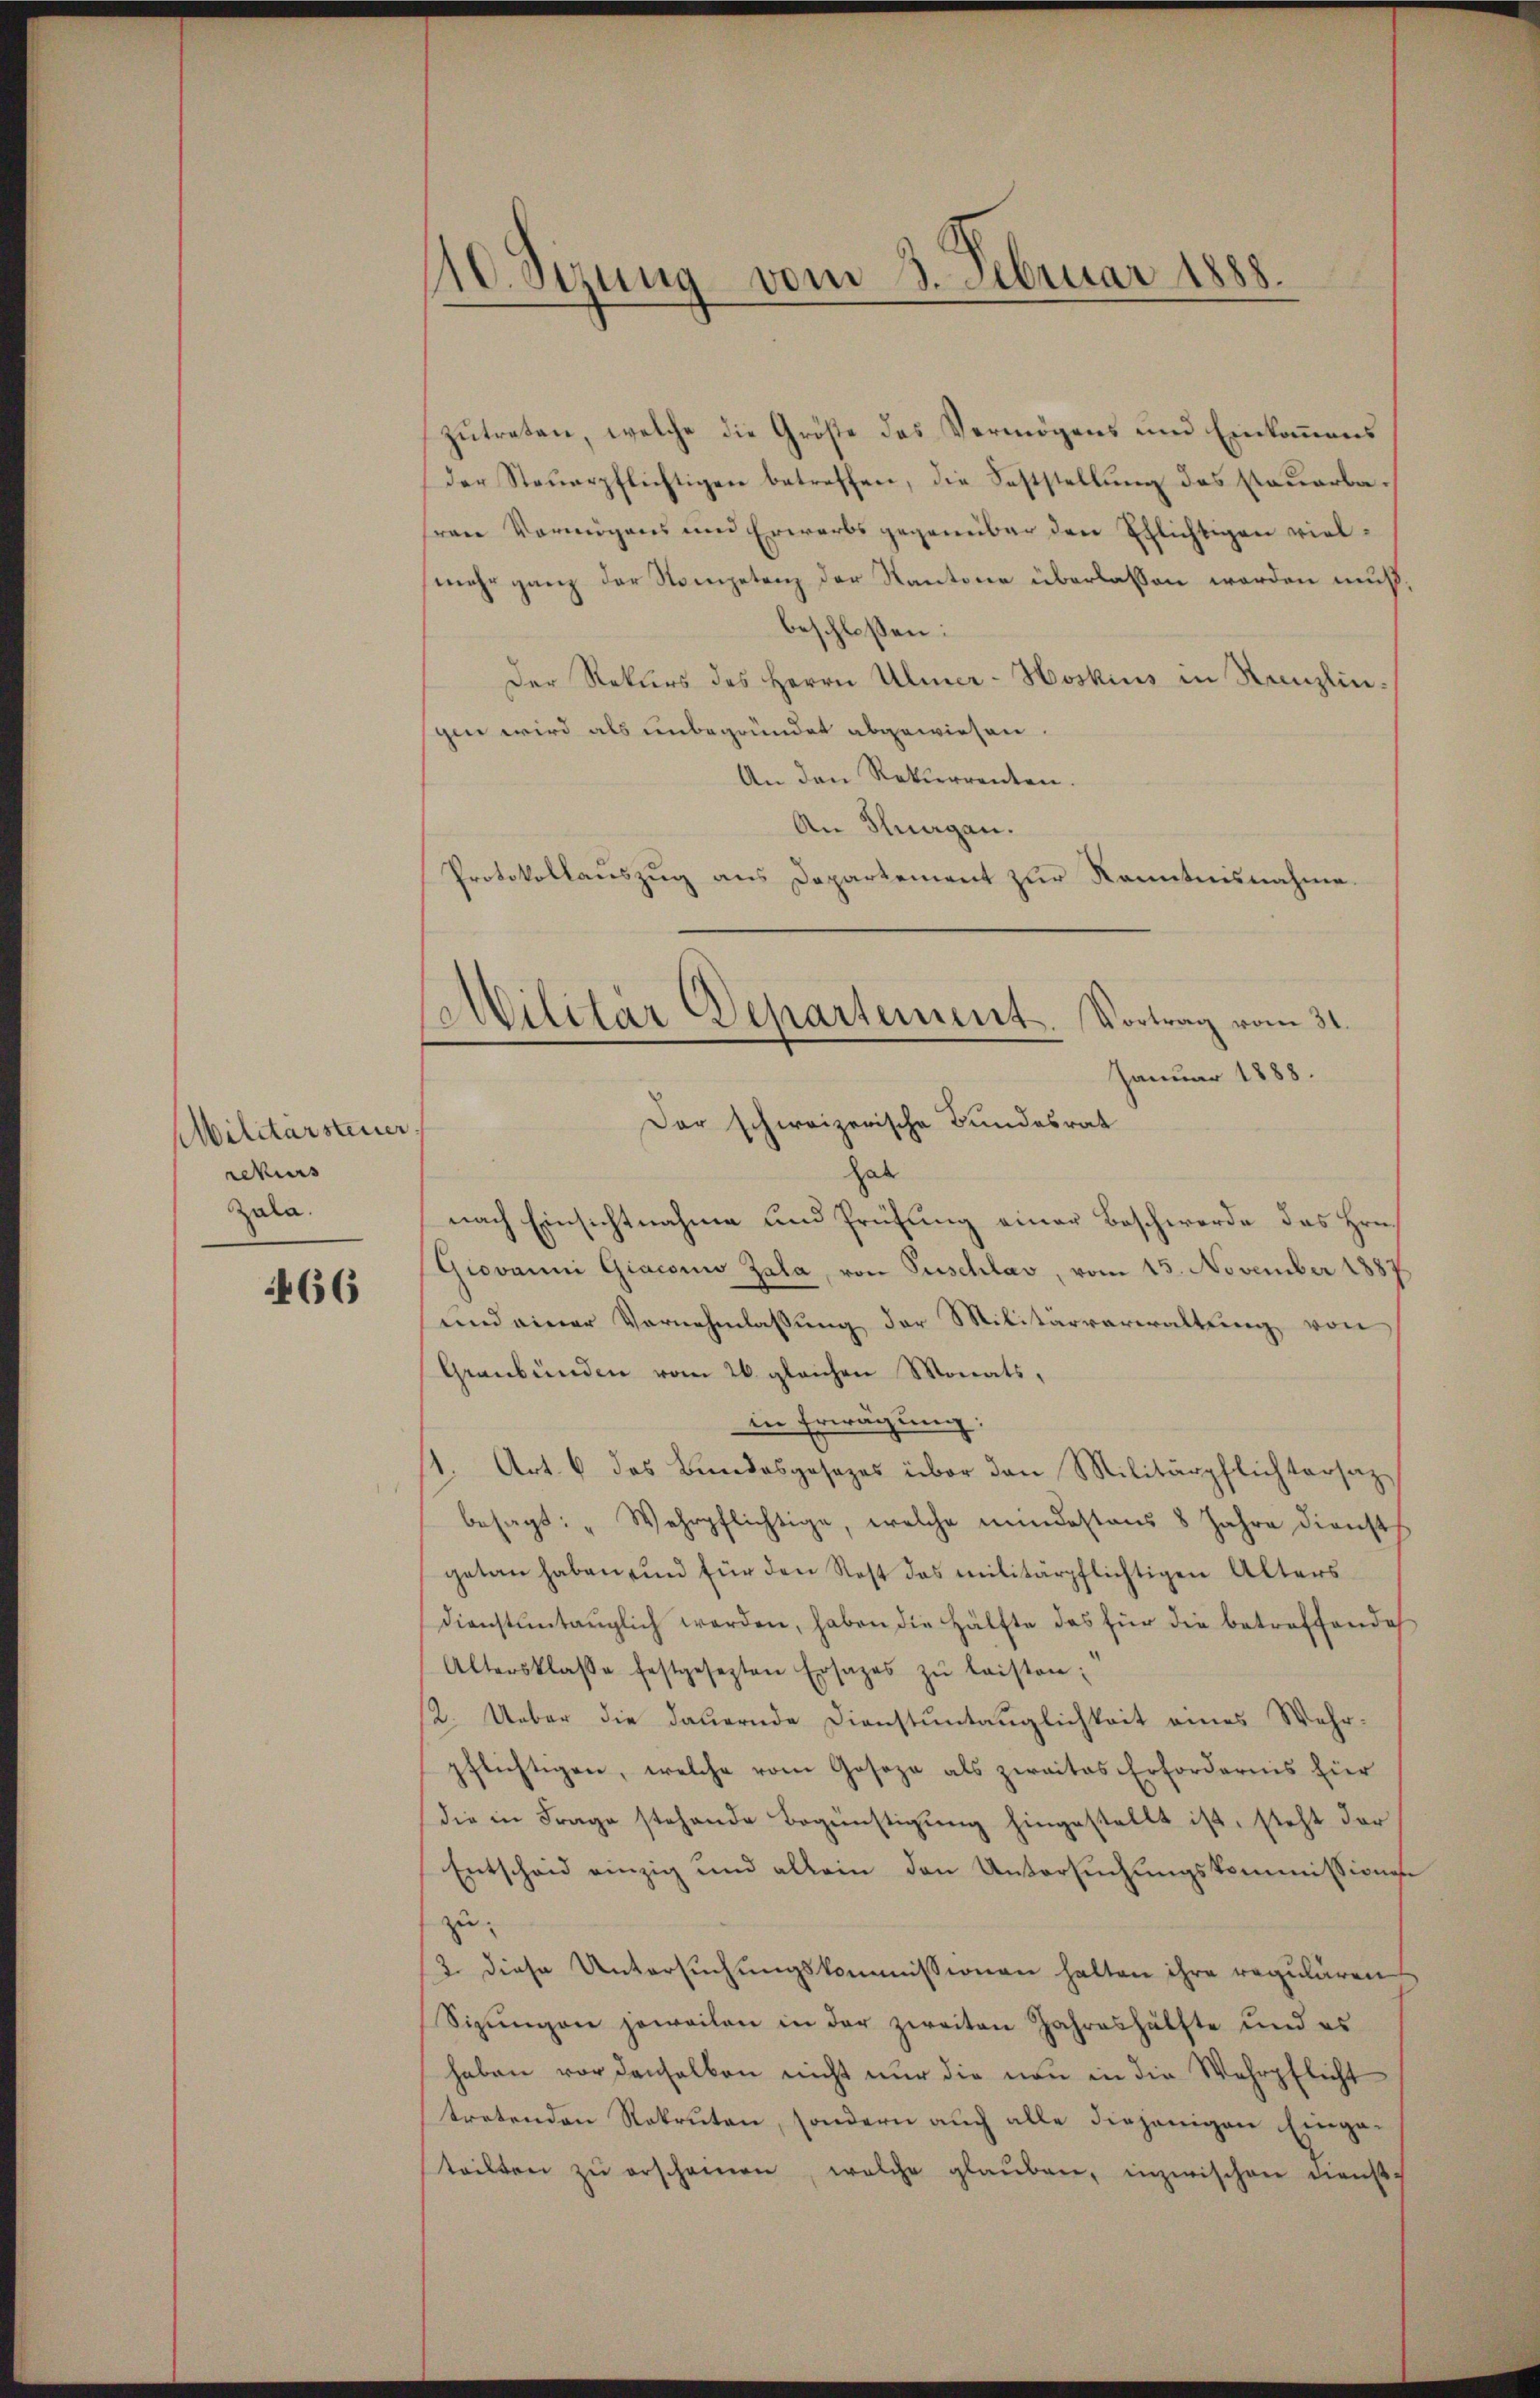
Militärsteuer.
rekurs
Zala.

466

110. Sizung vom 3. Februar 1888.

zutreten, welche die Größe des Vermögens und Einkommens
der Steuerpflichtigen betreffen, die Feststellung des Stauerbaren Vermögens und Erwerbs gegenüber den Ehlichtigen vielmehr ganz der Nompetenz der Kantone überlassen werden muß,
beschloßen:
Der Rekurs des Herrn Ulmer-Hoskius in Kanzlin.
gen wird als unbegründet abgewiesen.
An den Rekurrenten.
An Flurgau.
Der schweizerische Bundesrat
hab
nach Einsichtnahme und Prüfung einer Beschwerde des Hrn.
Giovanni Giaconio Zala, von Puschlav, vom 15. November 1887
und einer Vernehmlassung der Militärverwaltung von
Graubünden vom 26. gleichen Monatsin Erwägung:
/1. Art. 6 das Bundesgesezes über den Militärpflichtersaz
besagt: "Wehrpflichtige, welche mindestens 8 Jahre diensth
getan haben und für den Rest das militärpflichtigen Alters
dienstuntauglich werden, haben die Hälfte das für die betreffende
Altersklasse festgesezten Ersatzes zŭ leisten;
2. Ueber die dauernde Dienstuntauglichkeit eines Wahr-
pflichtigen, welche vom Gosoza als zwaites Erfordernis hier
die in Frage stehende Begünstigung hingestellt ist, steht der
Entscheid einzig und allein den Untersŭchŭngskommissionen
zu
2. diese Untersuchungskommissionen halten ihre regulären
Sizungen jeweilen in der zweiten Jahreshälfte und es
haben vor denselben nicht nur die neu in die Wehrpflicht
tretenden Rekruten, sondern auch alle diejenigen Eingeteilten zŭ erscheinen, welche glaŭben, inzwischen Dienst-

Protokollanszug aus Departement zur Kenntnisnahme.
Cabilitär Departement. Vortrag vom 31.
Januar 1888.